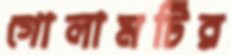
গোলামটির